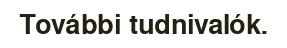
További tudnivalók.